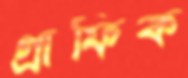
গ্রাফিক